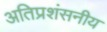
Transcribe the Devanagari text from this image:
अतिप्रशंसनीय